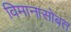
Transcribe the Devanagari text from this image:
विमानासोबत